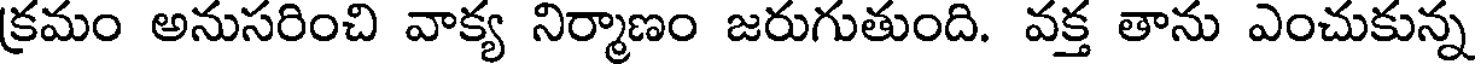
క్రమం అనుసరించి వాక్య నిర్మాణం జరుగుతుంది. వక్త తాను ఎంచుకున్న